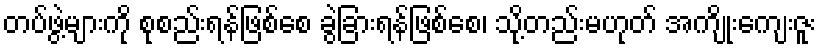
တပ်ဖွဲ့များကို စုစည်းရန်ဖြစ်စေ ခွဲခြားရန်ဖြစ်စေ၊ သို့တည်းမဟုတ် အကျိုးကျေးဇူး